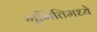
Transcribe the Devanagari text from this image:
भूमितिमध्ये